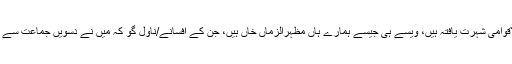
یعقوب یاور بین الاقوامی شہرت یافتہ ہیں، ویسے ہی جیسے ہمارے ہاں مظہرالزماں خاں ہیں، جن کے افسانے/ناول گو کہ میں نے دسویں جماعت سے پڑھنا شروع کیے۔